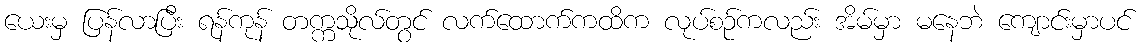
ယေးမှ ပြန်လာပြီး ရန်ကုန် တက္ကသိုလ်တွင် လက်ထောက်ကထိက လုပ်စဉ်ကလည်း အိမ်မှာ မနေဘဲ ကျောင်းမှာပင်